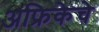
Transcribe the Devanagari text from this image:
अफ्रिकेचे